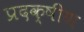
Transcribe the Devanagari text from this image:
प्रदक्षीण